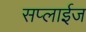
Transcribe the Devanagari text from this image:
सप्लाईज